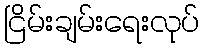
ငြိမ်းချမ်းရေးလုပ်